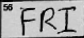
Transcription: FRI